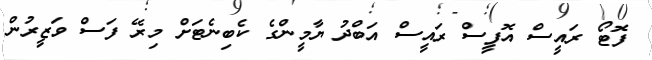
ފޮޓޯ ރައީސް އޮފީސް ރައީސް އަބްދު ޔާމީންގެ ކެބިނެޓަށް މިރޭ ފަސް ވަޒީރުން